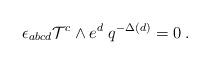
LaTeX: \begin{align*}\; \epsilon_{abcd} {\cal T}^{c} \wedge e^{d}\; q^{-\Delta(d)} = 0 \;.\end{align*}